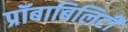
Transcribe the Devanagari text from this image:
प्रॉबाबिलिटी